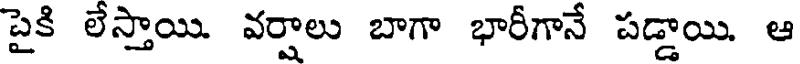
పైకి లేస్తాయి. వర్షాలు బాగా భారీగానే పడ్డాయి. ఆ